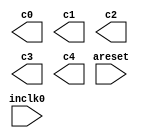
module tes_pll (
	areset,
	inclk0,
	c0,
	c1,
	c2,
	c3,
	c4);
	input	  areset;
	input	  inclk0;
	output	  c0;
	output	  c1;
	output	  c2;
	output	  c3;
	output	  c4;
`ifndef ALTERA_RESERVED_QIS
// synopsys translate_off
`endif
	tri0	  areset;
`ifndef ALTERA_RESERVED_QIS
// synopsys translate_on
`endif
endmodule